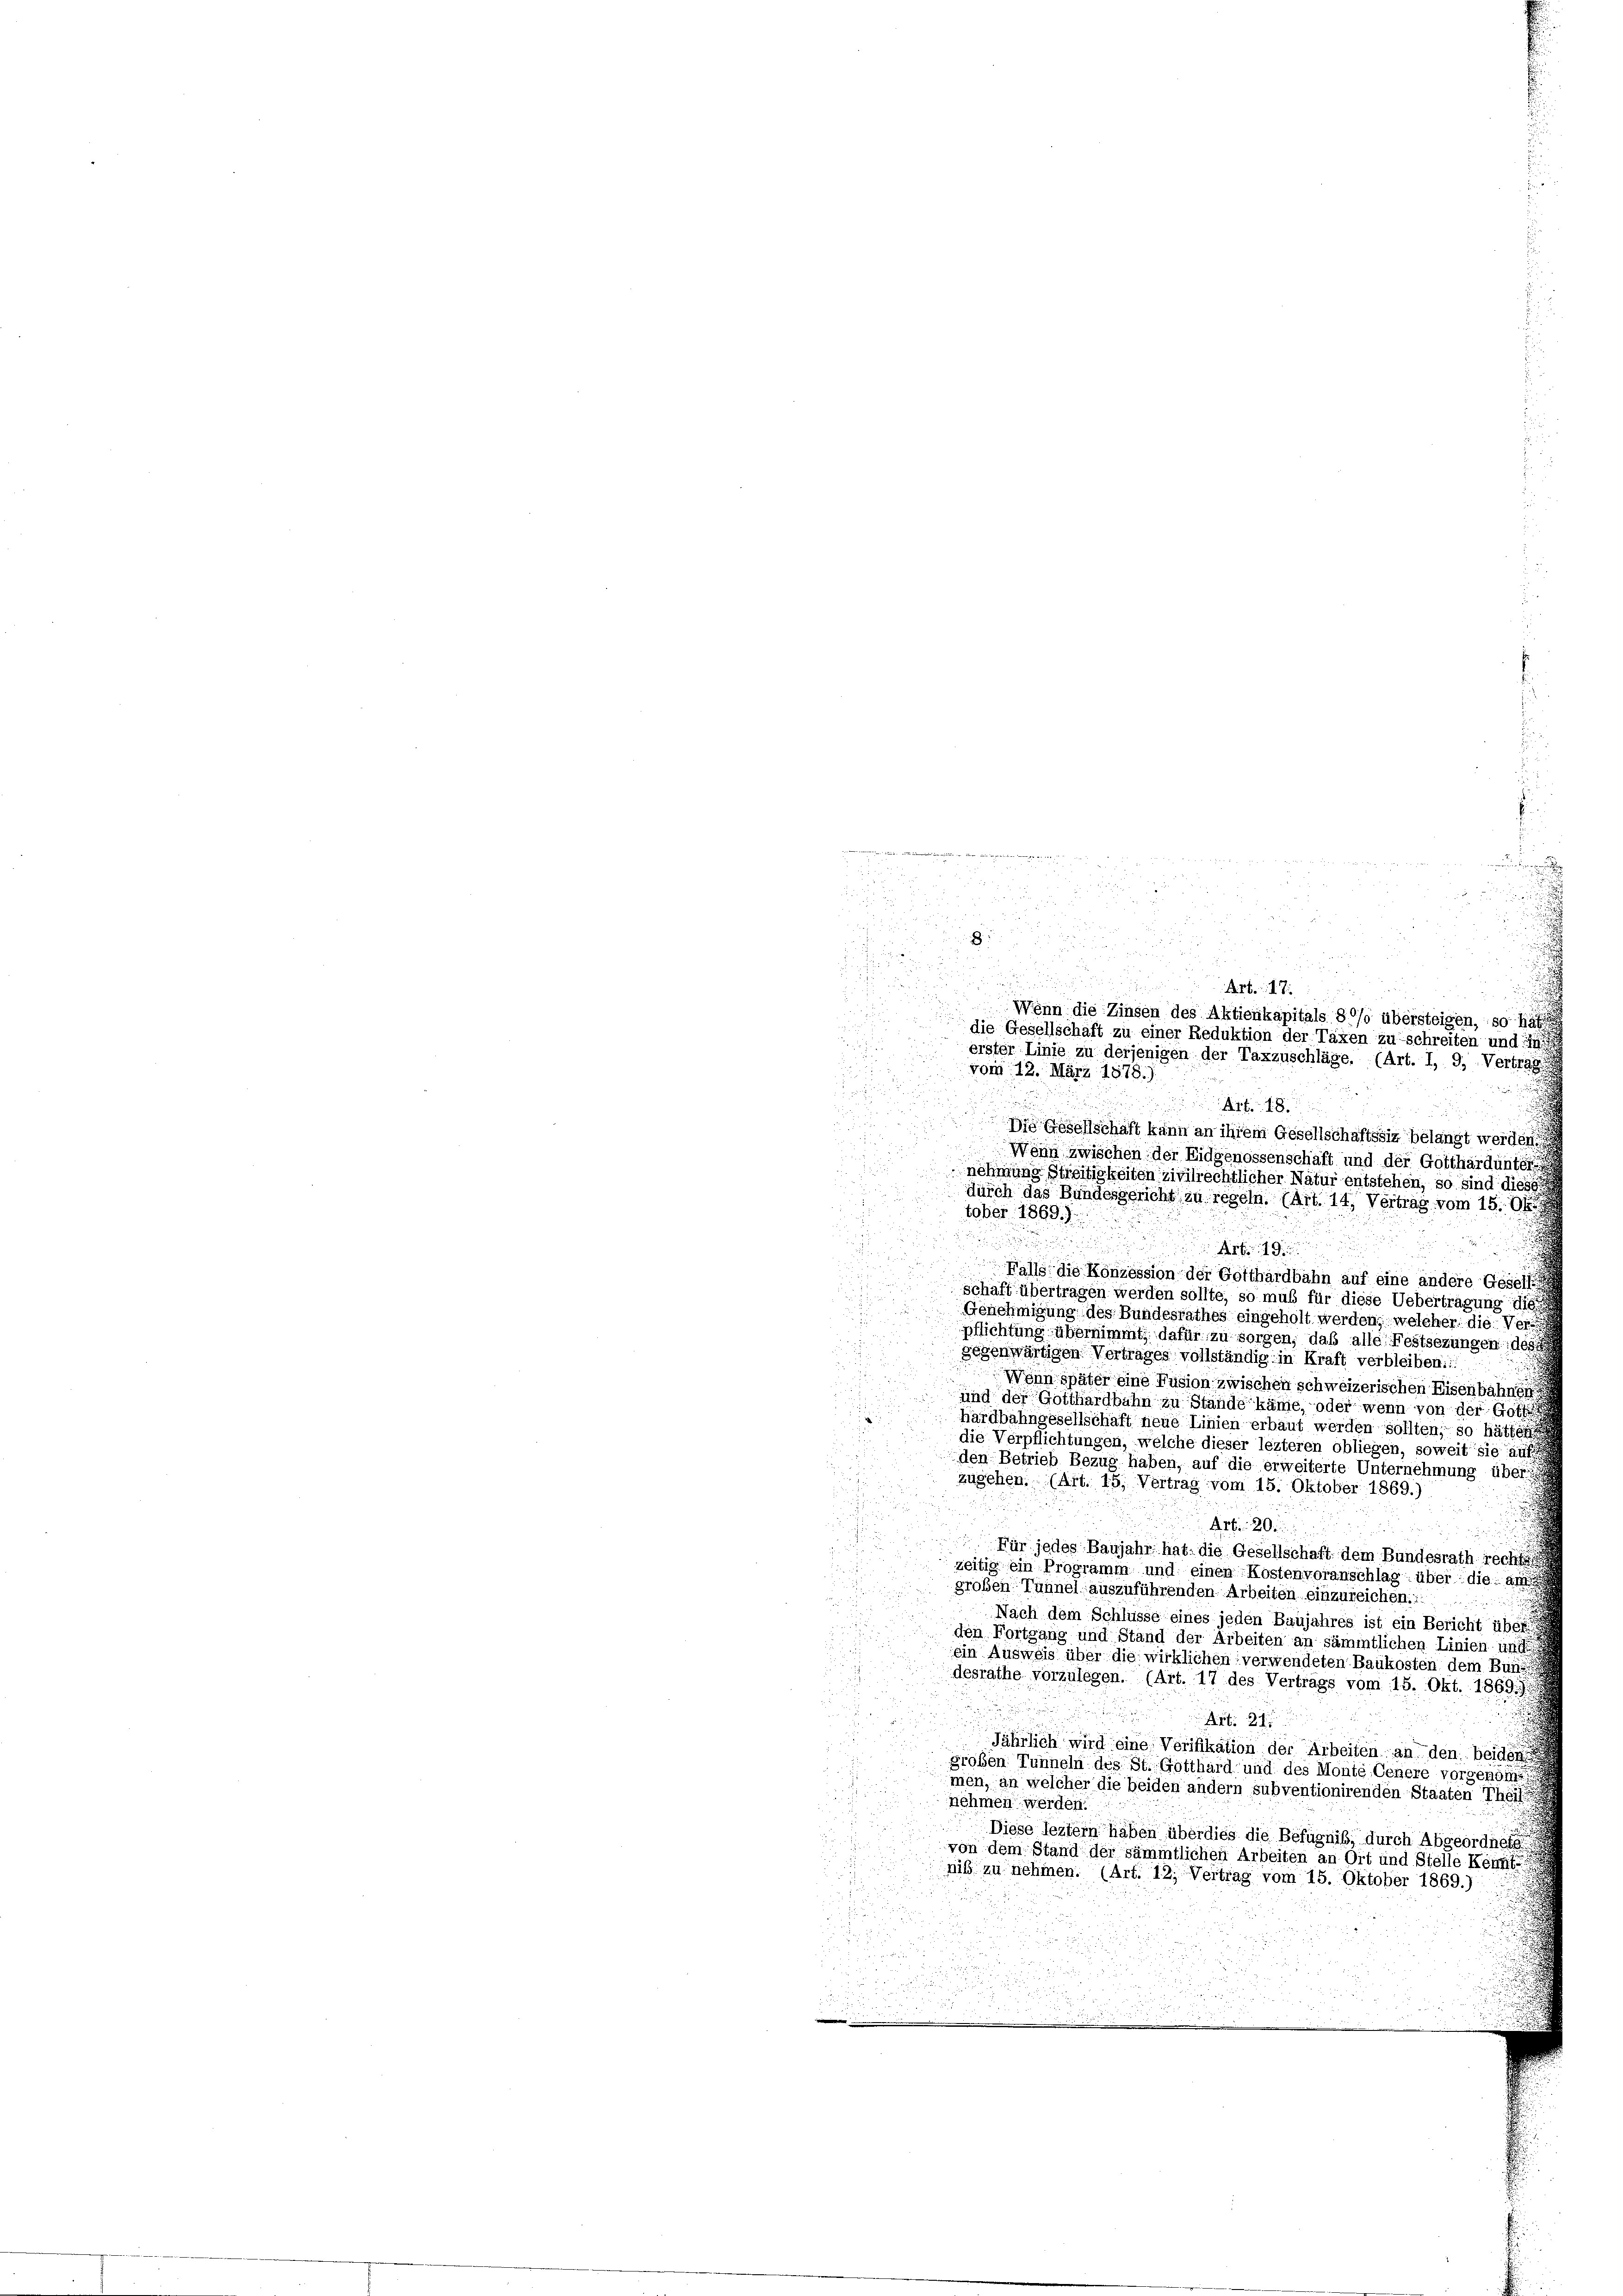
8
d
Wenn die Zinsen des Aktienkapitals 80% übersteigen, so h
die Gesellschaft zu einer Reduktion der Taxen zu schreiten und

2
Art. 18.
i

Die Gesellschaft kann an ihrem Gesellschaftssig belangt werden.
8
Wenn zwischen der Eidgenossenschaft und der Gotthardunterg
u
nehmung Streitigkeiten zivilrechtlicher Natur entstehen, so sind diese
durch das Bundesgericht zu regeln. (Art. 14, Vertrag vom 15. Ok

Art. 19.
d
Falls die Konzession der Gotthardbahn auf eine andere Gesell
schaft übertragen werden sollte, so muß für diese Uebertragung dies
Genehmigung des Bundesrathes eingeholt werden, welcher die Verpflichtung übernimmt, dafür zu sorgen, daß alle Festsezungen des
gegenwärtigen Vertrages vollständig in Kraft verbleiben.
Wenn später eine Fusion zwischen schweizerischen Eisenbahnen
und der Gotthardbahn in Stande käme, oder wenn von der Gott
hardbahngesellschaft neue Linien erbaut werden sollten, so hätte
die Verpflichtungen, welche dieser lezteren obliegen, soweit sie auf
den Betrieb Bezug haben, auf die erweiterte Unternehmung über
zugehen. (Art. 15, Vertrag vom 15. Oktober 1869.)
Art. 20
Für jedes Baujahr hat die Gesellschaft dem Bundesrath, reche
zeitig ein Programm und einen Kostenvoranschlag über die am
großen Tunnel auszuführenden Arbeiten einzuzeichen.
Nach dem Schlüsse eines jeden Baujahres ist ein Bericht über
den Fortgang und Stand der Arbeiten an sämmtlichen Linien um
d
ein Ausweis über die wirklichen verwendeten Baukosten dem Bund
desrathe vorzulegen. (Art. 17 des Vertrags vom 15. Okt. 1869.
u
.
Art. 21

Jährlich wird eine Verifikation der Arbeiten an den beiden
großen Tunneln des St. Gotthard und des Monte, Genere vorgenomet
5
men, an welcher die beiden andern subventionirenden Staaten Theil
nehmen werden.
Diese leztem haben überdies die Befugnis, durch Abgeordneten
von dem Stand der sämmtlichen Arbeiten an Ort und Stelle Kennt
niß zu nehmen. (Art. 12. Vertrag vom 15. Oktober 1869.)

e

r

vom 12. März 1878.)

tober 1869.)

x 2 x
e
s
a
d

u
 den

erster Linie zu derjenigen der Taxzuschläge. (Art. I, 9, Vertrag